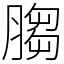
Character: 䐢